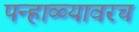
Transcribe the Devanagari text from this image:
पन्हाळ्यावरच